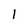
Character: 1